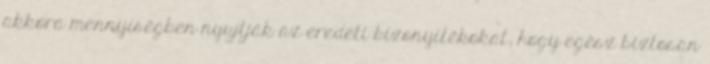
akkora mennyiségben nyujtják az eredeti bizonyítékokat, hogy egész biztosan